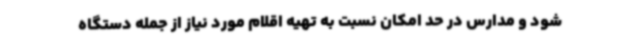
شود و مدارس در حد امکان نسبت به تهیه اقلام مورد نیاز از جمله دستگاه